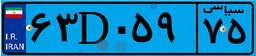
۲۲D۶۱۲۲۴